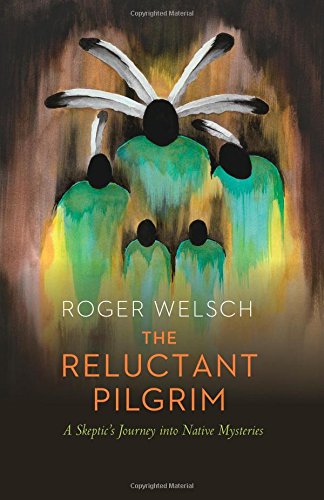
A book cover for The Reluctant Pilgrim: A SkepticEEs Journey into Native Mysteries; Roger L. Welsch; Biographies & Memoirs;